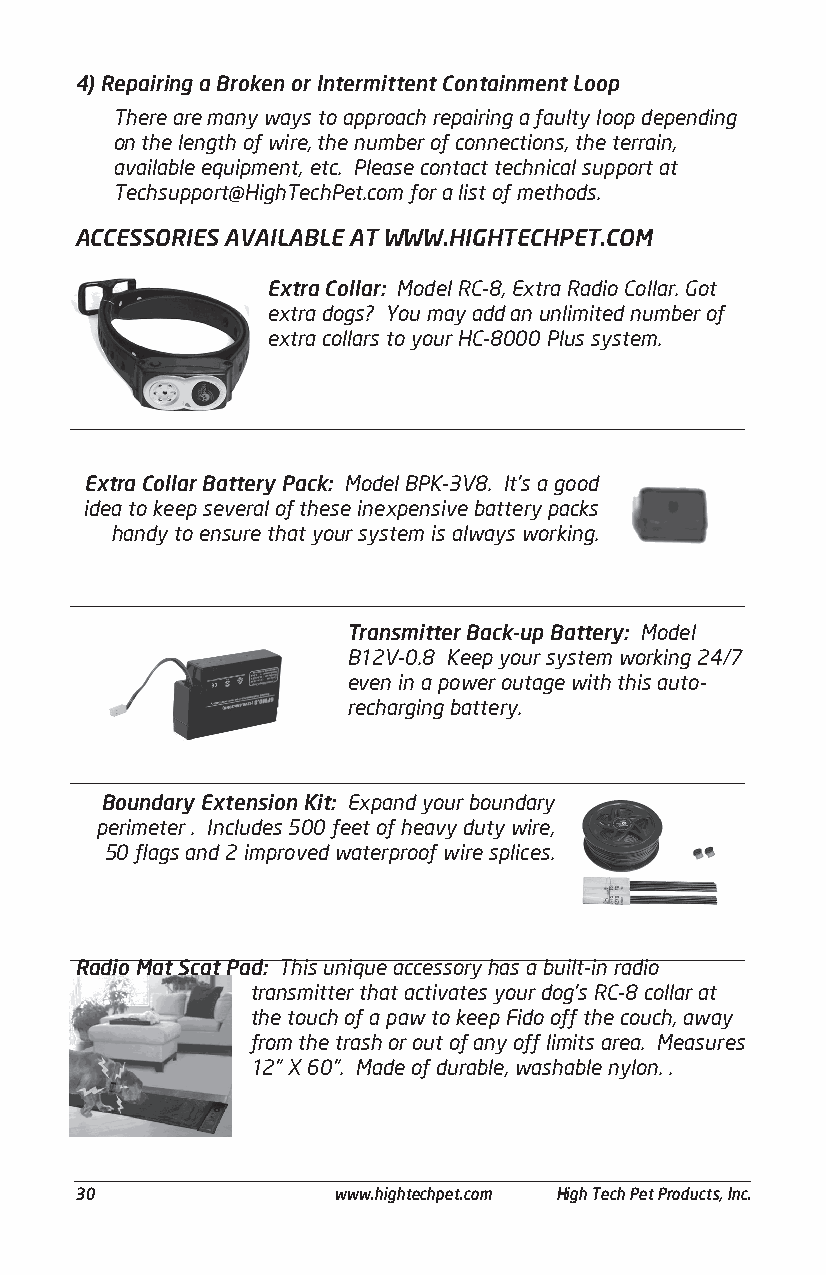
4) Repairing a Broken or Intermittent Containment Loop
 There are many ways to approach repairing a faulty loop depending
 on the length of wire, the number of connections, the terrain,
 available equipment, etc. Please contact technical support at
 Techsupport@HighTechPet.com for a list of methods.
 ACCESSORIES AVAILABLE AT WWW.HIGHTECHPET.COM
 Extra Collar: Model RC-8, Extra Radio Collar. Got
 extra dogs? You may add an unlimited number of
 extra collars to your HC-8000 Plus system.
 Extra Collar Battery Pack: Model BPK-3V8. It’s a good
 idea to keep several of these inexpensive battery packs
 handy to ensure that your system is always working.
 Transmitter Back-up Battery: Model
 B12V-0.8 Keep your system working 24/7
 even in a power outage with this auto-
 recharging battery.
 Boundary Extension Kit: Expand your boundary
 perimeter . Includes 500 feet of heavy duty wire,
 50 flags and 2 improved waterproof wire splices.
 Radio Mat Scat Pad: This unique accessory has a built-in radio
 transmitter that activates your dog’s RC-8 collar at
 the touch of a paw to keep Fido off the couch, away
 from the trash or out of any off limits area. Measures
 12” X 60”. Made of durable, washable nylon. .
 ______________________________________________________________________________________
 30               www.hightechpet.com High Tech Pet Products, Inc.